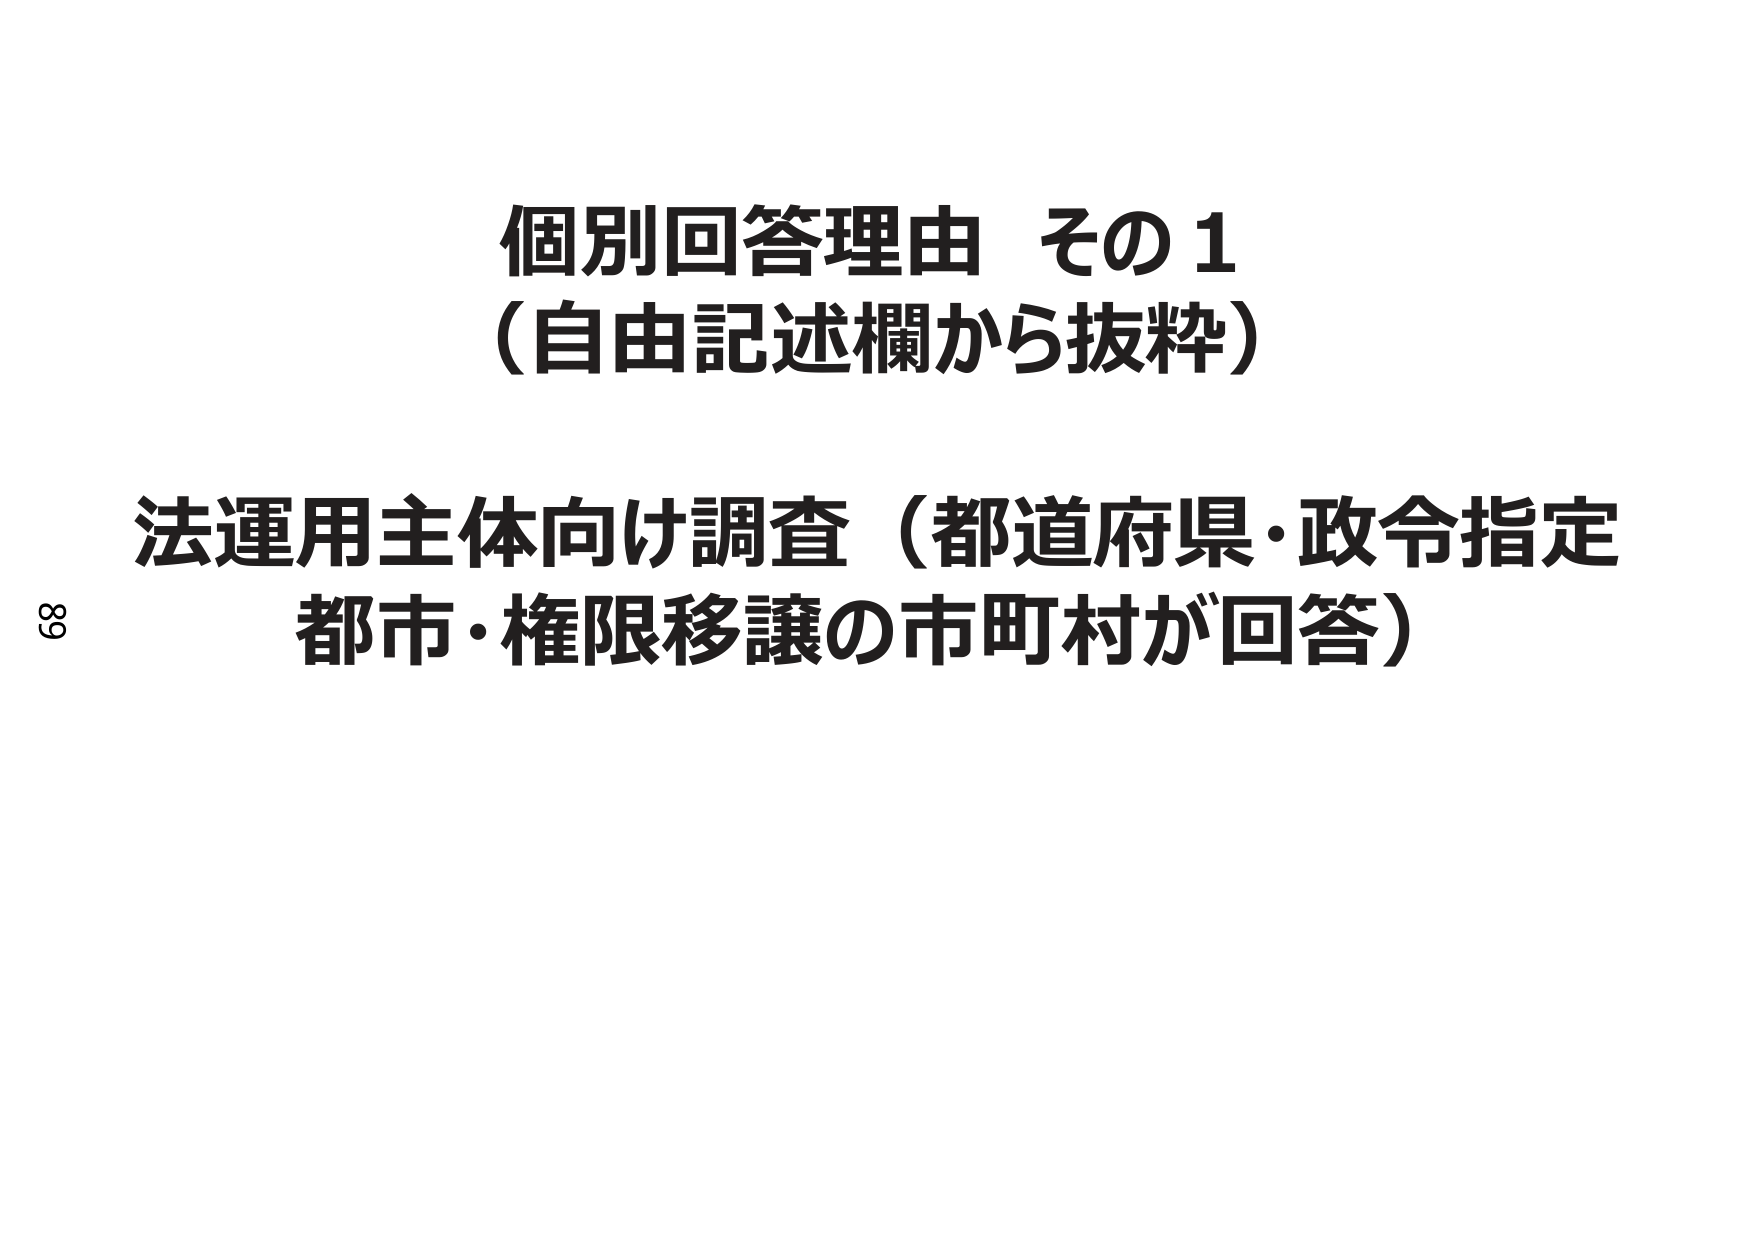
個別回答理由 その1
（自由記述欄から抜粋）

法運用主体向け調査（都道府県・政令指定
都市・権限移譲の市町村が回答）

89